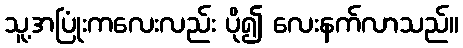
သူ့အပြုံးကလေးလည်း ပို၍ လေးနက်လာသည်။